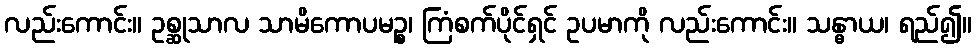
လည်းကောင်း။ ဥစ္ဆုသာလ သာမိကောပမဉ္စ၊ ကြံစက်ပိုင်ရှင် ဥပမာကို လည်းကောင်း။ သန္ဓာယ၊ ရည်၍။